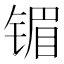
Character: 镅